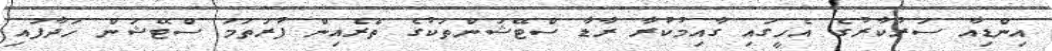
އިންޑިއާ ސަރުކާރުގެ އެހީގައި ގާއިމުކުރާ ރާޑާ ސްޓޭޝަންތަކުގެ ތެރެއިން ފުރަތަމަ ސްޓޭޝަން ހަދާފައި